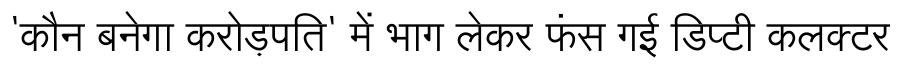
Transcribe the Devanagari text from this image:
'कौन बनेगा करोड़पति' में भाग लेकर फंस गई डिप्टी कलक्टर